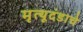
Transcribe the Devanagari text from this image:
मृत्यूदंडाचे